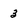
Character: 3